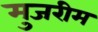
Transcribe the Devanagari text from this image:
मुजरीम